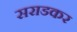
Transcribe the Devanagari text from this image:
सराडकर